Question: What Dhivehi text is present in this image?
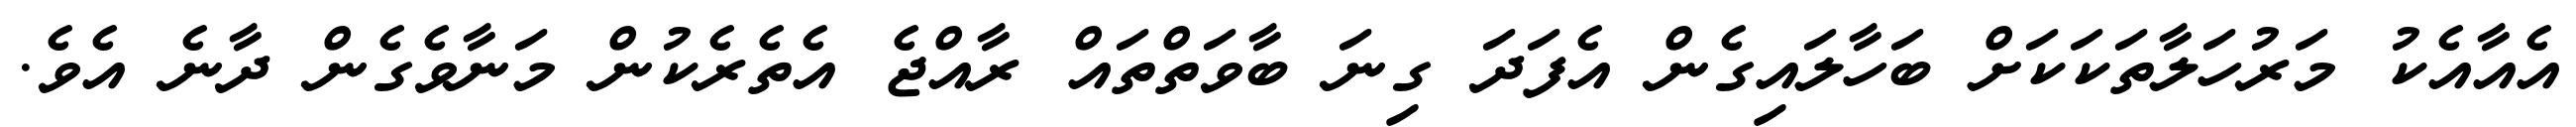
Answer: އެއާއެކު މަރުހަލާތަކަކަށް ބަހާލައިގެން އެފަދަ ގިނަ ބާވަތްތައް ރާއްޖެ އެތެރެކުން މަނާވެގެން ދާނެ އެވެ.